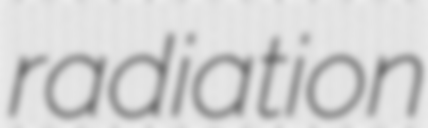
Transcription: radiation